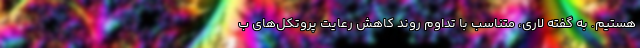
هستیم. به گفته لاری، متناسب با تداوم روند کاهش رعایت پروتکل‌های ب